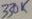
Text: 330K